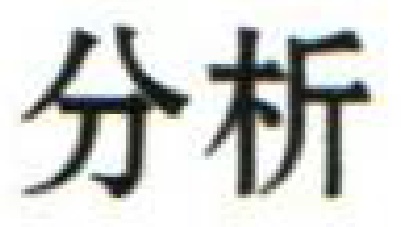
分析